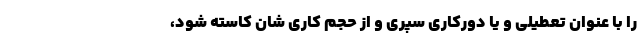
را با عنوان تعطیلی و یا دورکاری سپری و از حجم کاری شان کاسته شود،